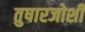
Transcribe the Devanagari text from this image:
तुषारजोशी